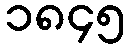
၁၈၄၅